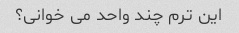
این ترم چند واحد می خوانی؟